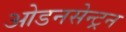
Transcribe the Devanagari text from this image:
ओडनसेन्ट्रन